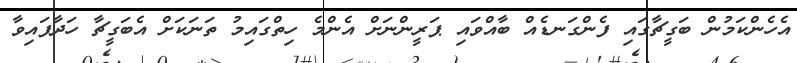
އެހެންކަމުން ބަގީޗާގައި ފެންގަނޑެއް ބާއްވައި ޕަރީންނަށް އެންމެ ހިތްގައިމު ތަނަކަށް އެބަގީޗާ ހަދާފައިވާ